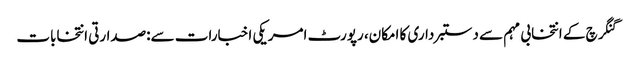
گنگرچ کے انتخابی مہم سے دستبرداری کا امکان، رپورٹ امریکی اخبارات سے:صدارتی انتخابات